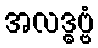
အလဒ္ဓဗ္ဗံ